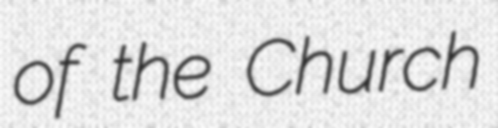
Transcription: of the Church